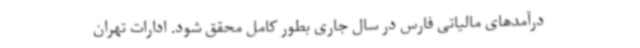
درآمدهای مالیاتی فارس در سال جاری بطور کامل محقق شود. ادارات تهران